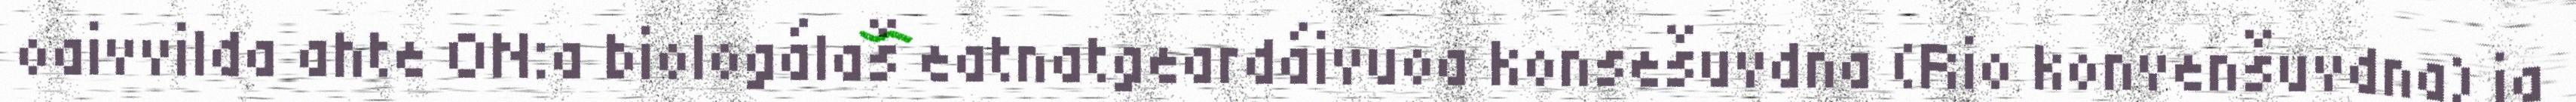
oaivvilda ahte ON:a biologálaš eatnatgeardáivuoa konsešuvdna (Rio konvenšuvdna) ja